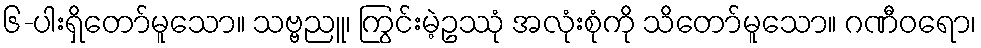
၆-ပါးရှိတော်မူသော။ သဗ္ဗညူ၊ ကြွင်းမဲ့ဥဿုံ အလုံးစုံကို သိတော်မူသော။ ဂဏီဝရော၊